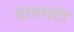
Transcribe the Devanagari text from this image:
दानघटा